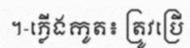
។-ភ្លើងកូត៖ ត្រូវប្រើ